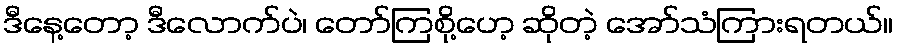
ဒီနေ့တော့ ဒီလောက်ပဲ၊ တော်ကြစို့ဟေ့ ဆိုတဲ့ အော်သံကြားရတယ်။